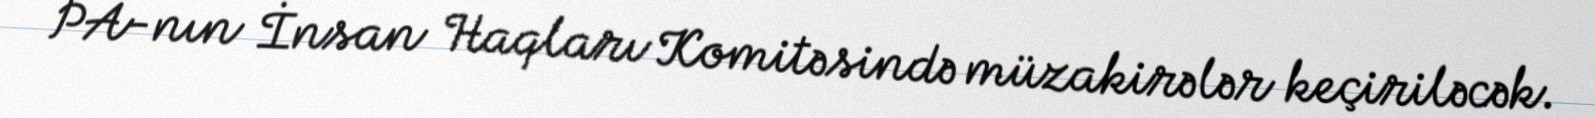
PA-nın İnsan Haqları Komitəsində müzakirələr keçiriləcək.